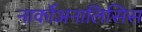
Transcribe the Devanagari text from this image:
नार्कोअनालिसिस